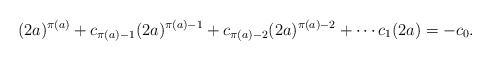
\begin{align*}(2a)^{\pi(a)} + c_{\pi(a) - 1}(2a)^{\pi(a) - 1} + c_{\pi(a) - 2}(2a)^{\pi(a) - 2} + \cdots c_1(2a) = -c_0.\end{align*}